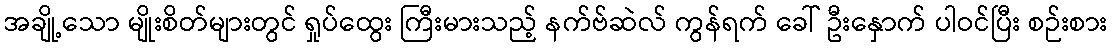
အချို့သော မျိုးစိတ်များတွင် ရှုပ်ထွေး ကြီးမားသည့် နက်ဗ်ဆဲလ် ကွန်ရက် ခေါ် ဦးနှောက် ပါဝင်ပြီး စဉ်းစား